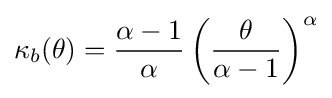
\kappa _{b}(\theta )={\frac {\alpha -1}{\alpha }}\left({\frac {\theta }{\alpha -1}}\right)^{\alpha }